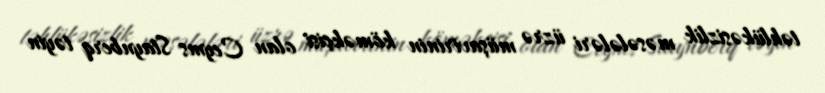
təhlükəsizlik məsələləri üzrə müşavirinin köməkçisi olan Ceyms Staynberq təyin